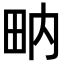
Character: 𤱅